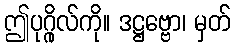
ဤပုဂ္ဂိုလ်ကို။ ဒဋ္ဌဗ္ဗော၊ မှတ်